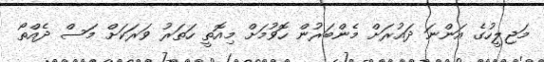
މަޖިލީހުގެ އަންނަ ދައުރަށް މެންބަރުން ހޮވުމަށް މިއޮތީ ހަތަރު ވަރަކަށް މަސް ދެއްތޯ